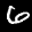
Label: 6